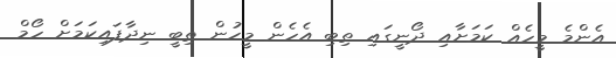
އެންމެ މީހެއް ކަމަށާއި ދޯނީގައި ތިބި އެހެން މީހުން ތިބީ ނިދާފައިކަމަށް ހޯމް